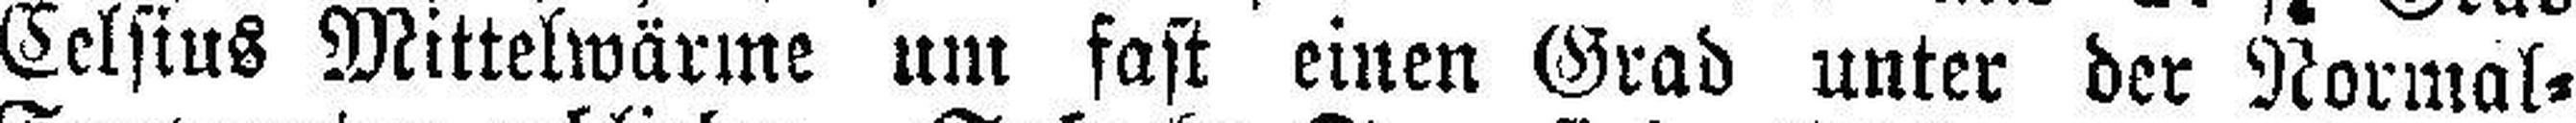
Celsius Mittelwärme um fast einen Grad unter der Normal=